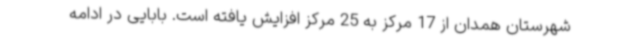
شهرستان همدان از 17 مرکز به 25 مرکز افزایش یافته است. بابایی در ادامه